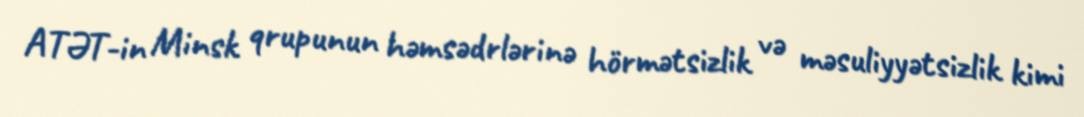
ATƏT-in Minsk qrupunun həmsədrlərinə hörmətsizlik və məsuliyyətsizlik kimi